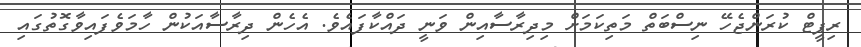
ރިޕީޓް ކުރަންޖެހޭ ނިސްބަތް މަތިކަމަށް މިދިރާސާއިން ވަނީ ދައްކާފައެވެ. އެހެން ދިރާސާއަކުން ހާމަވެފައިވާގޮތުގައި